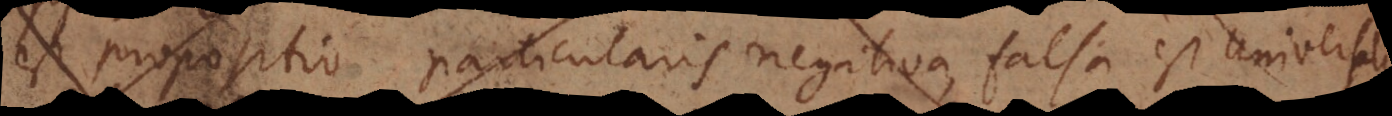
osito particularis negativa, falsa est Universalis